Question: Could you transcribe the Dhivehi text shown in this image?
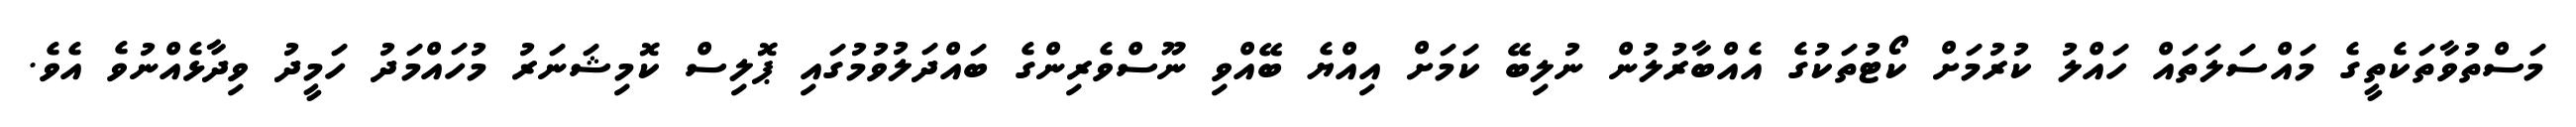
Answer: މަސްތުވާތަކެތީގެ މައްސަލަތައް ހައްލު ކުރުމަށް ކޯޓުތަކުގެ އެއްބާރުލުން ނުލިބޭ ކަމަށް އިއްޔެ ބޭއްވި ނޫސްވެރިންގެ ބައްދަލުވުމުގައި ޕޮލިސް ކޮމިޝަނަރު މުހައްމަދު ހަމީދު ވިދާޅެއްނުވެ އެވެ.